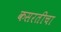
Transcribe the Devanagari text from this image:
कसरतीचा